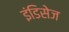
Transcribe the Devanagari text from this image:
इंडिसेज